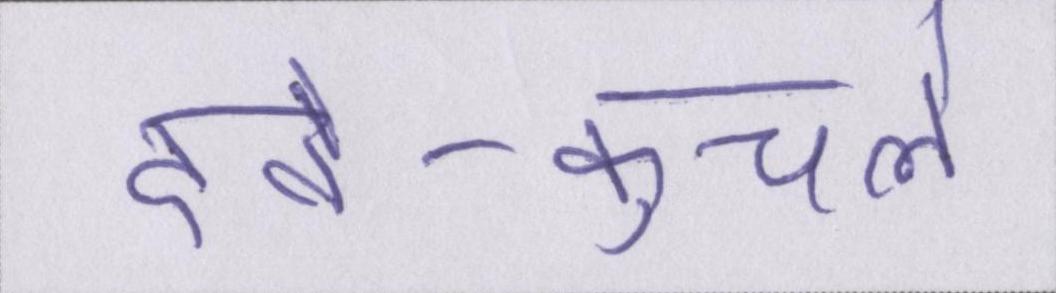
दबे-कुचले